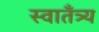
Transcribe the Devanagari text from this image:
स्वातँत्र्य